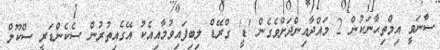
ސާނަވީ އިމްތިޙާނަކުން 2 މައްދާއިންދަށްވެގެން 'ޑީ' ގްރޭޑް ލިބިފައިވުމާއިއެކު އޭގެއިތުރުން ސެކެންޑަރީ ސްކޫލް